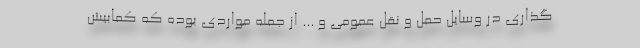
‌گذاری در وسایل حمل و نقل عمومی و ... از جمله مواردی بوده که کمابیش